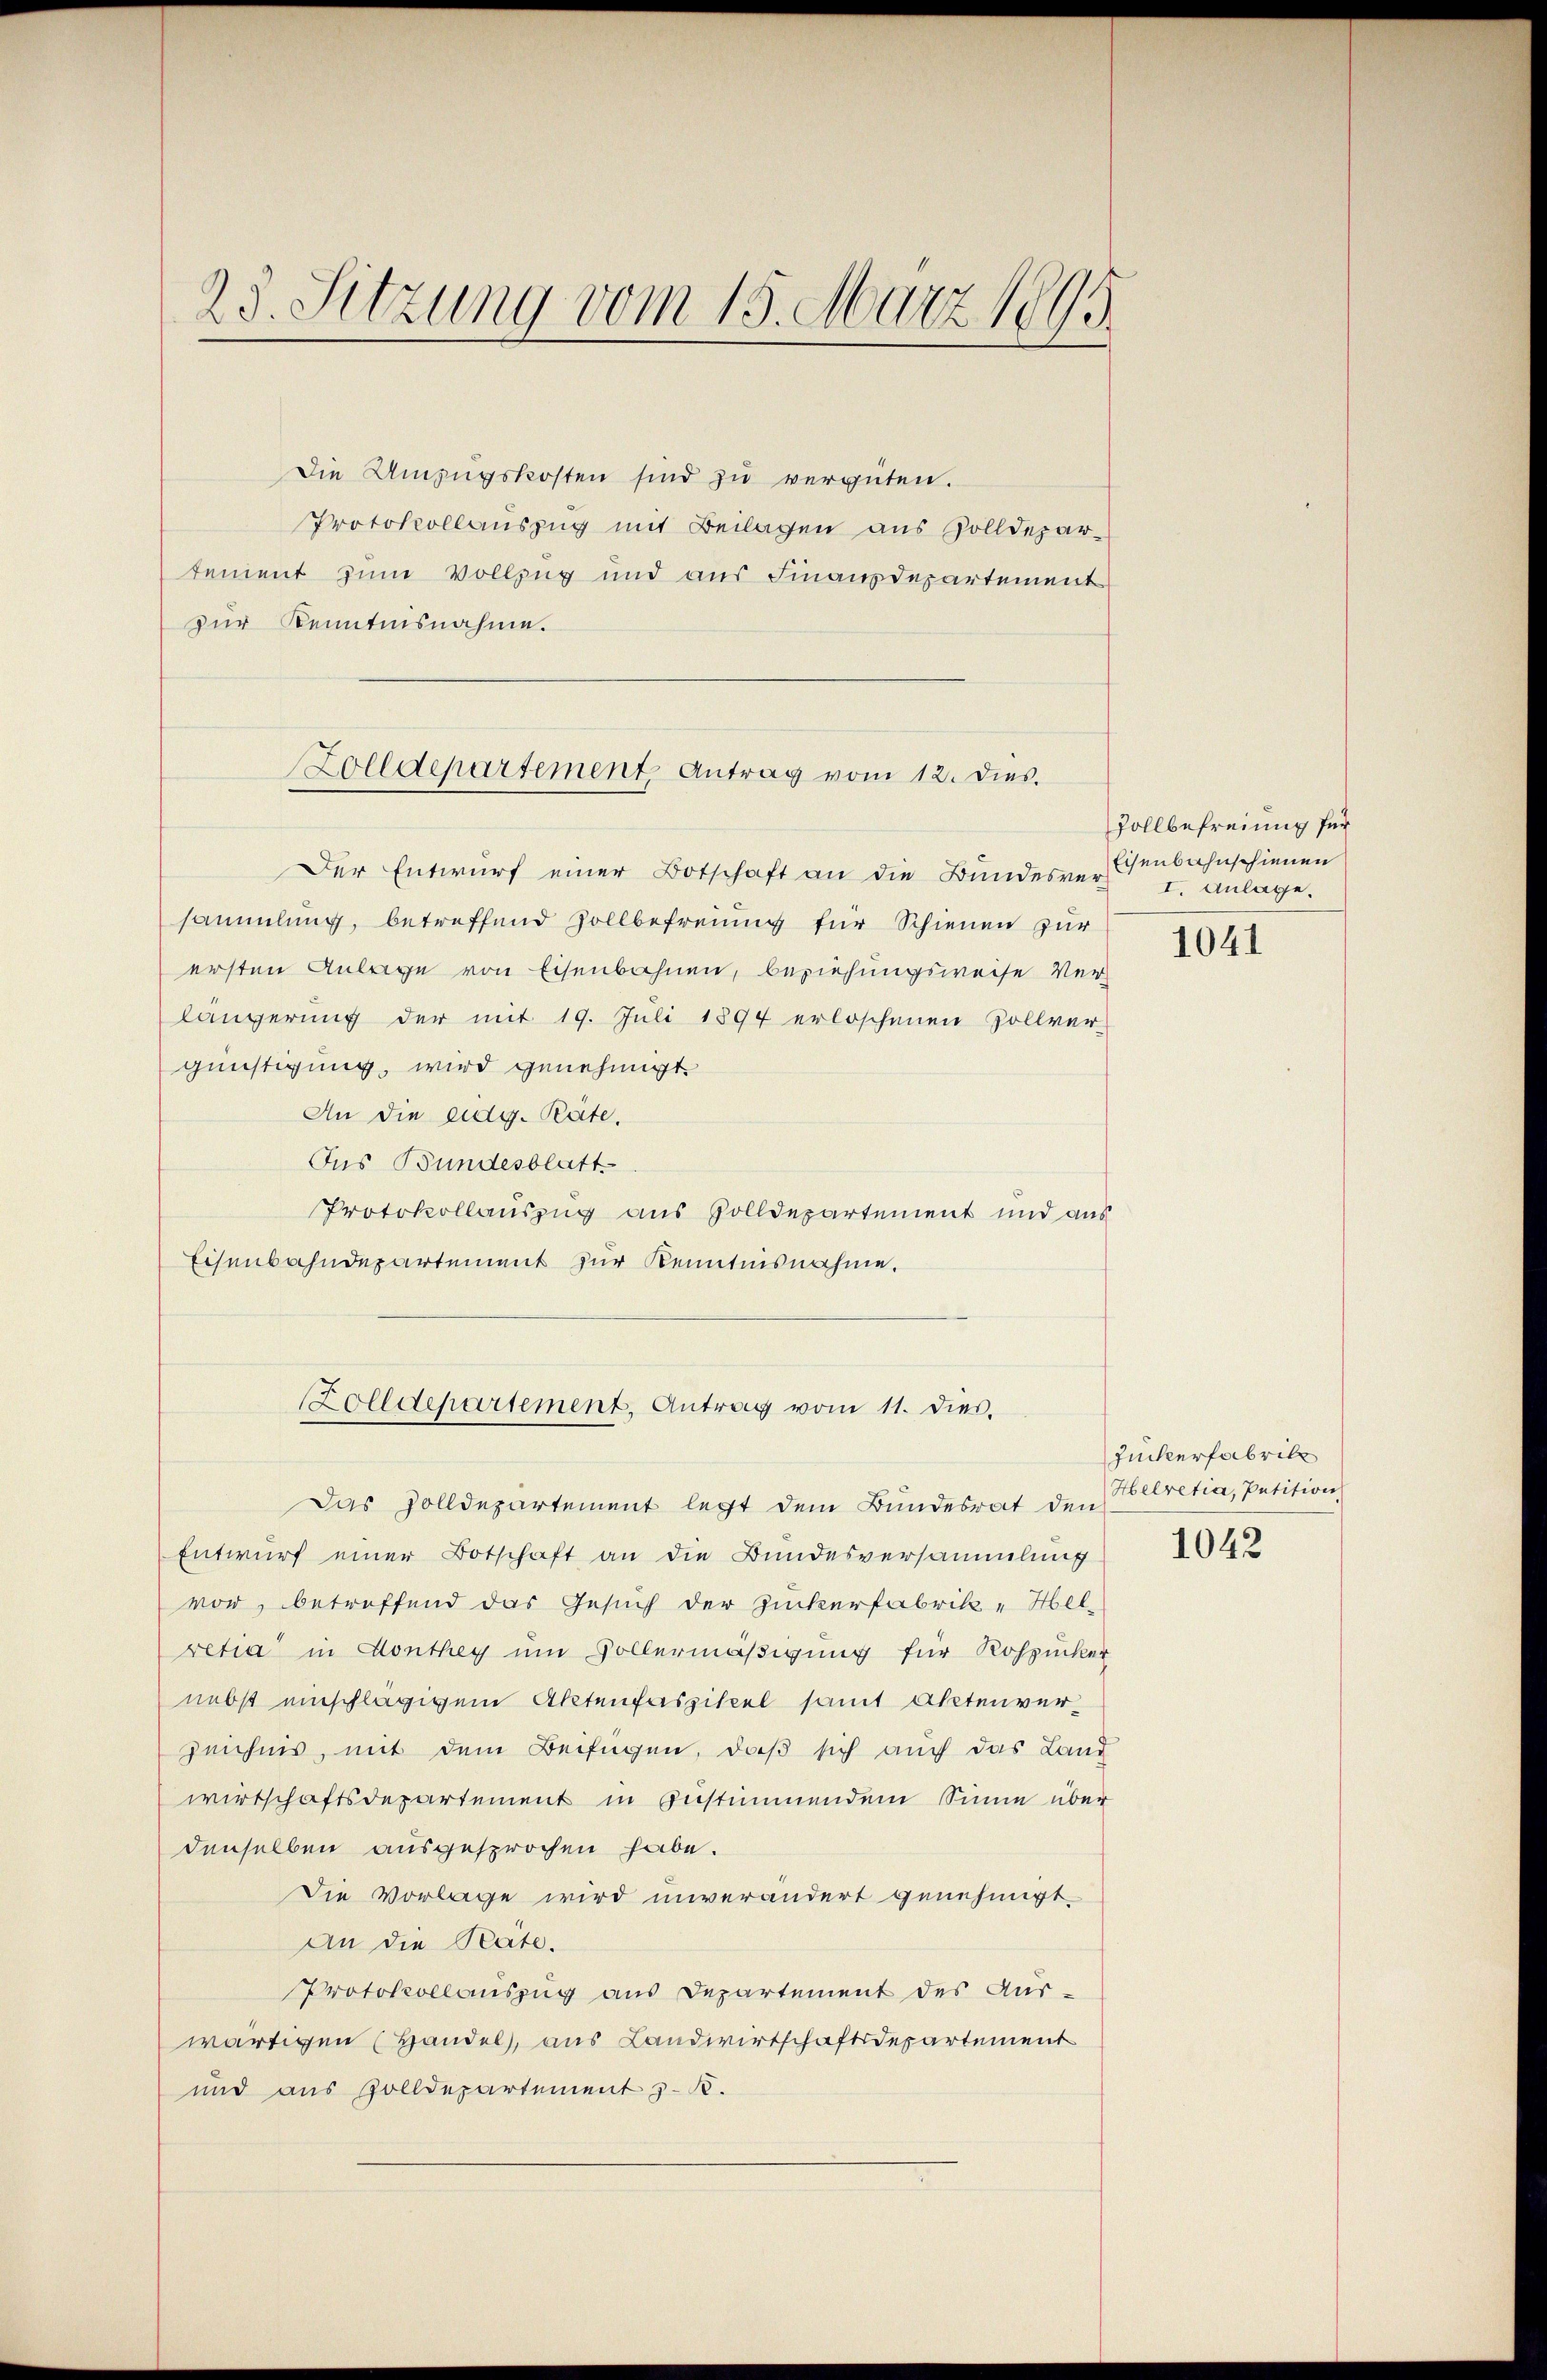
23. Sitzung vom 15. März 1895.

Die Umzugskosten sind zu vergüten.
Protokollauszug mit Beilagen aus Zolldepartement zum Vollzug und aus Finanzdepartement
zur Kenntnisnahme.

Zolldepartement Antrag vom 12. dies.

Der Entwurf einer Botschaft an die Bundesver-Esenbahnschienen
sammlung, betreffend Zollbefreuung für Schienen zur
ersten Anlage von Eisenbahnen, beziehungsweise Ver
längerung der mit 19. Juli 1894 erloschenen Zollver-
günstigung, wird genehmigt.
An die eidg. Pate.
Ius Bundesblatt
Protokollauszug aus Zolldepartement und an
Eisenbahndepartement zur Kenntnisnahme.
Das Zolldepartement legt dem Bundesrat den
Entwurf einer Botschaft an die Bundesversammlung
vor, betreffend das Gesuch der Zuckerfabrik „Hel-
retia in Conthey um Vollermäßigung für Rohzucke
nebst einschlägigem Aktenfaszikel samt Aktenverzeichnis, mit dem Beifügen, daß sich auch das Lan
wirtschaftsdepartement in Zustimmendem Sinne übe
denselben ausgesprochen habe.
Die Vorlage wird unverändert genehmigt.
An die Räte.
Protokollauszug aus Departement des Aus-
wärtigen (Handel, aus Landwirtschaftsdepartement
und aus Zolldepartement z. B.

Zolldepartement. Antrag vom 11. dies.

Vollbefreiung für
I. Anlage.

1041

Zuckerfabrik
Helvetia, Petition

1042